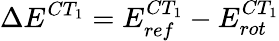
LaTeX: \Delta E^{CT_{1}}=E_{ref}^{CT_{1}}-E_{rot}^{CT_{1}}